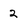
Character: 2